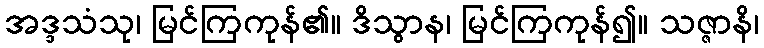
အဒ္ဒသံသု၊ မြင်ကြကုန်၏။ ဒိသွာန၊ မြင်ကြကုန်၍။ သဇ္ဇာနိ၊